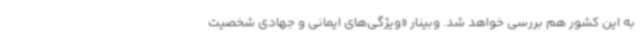
به این کشور هم بررسی خواهد شد. وبینار «ویژگی‌های ایمانی و جهادی شخصیت